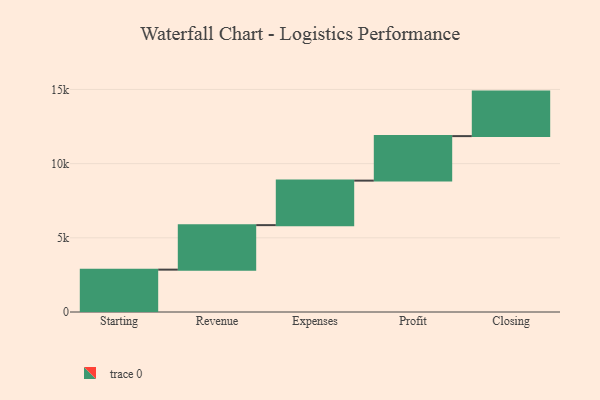
{"axis": {"x": "Step", "y": "Value"}, "legend": [""], "data": [{"x": "Starting", "y": 2855.0, "type": ""}, {"x": "Revenue", "y": 3000, "type": ""}, {"x": "Expenses", "y": 3000, "type": ""}, {"x": "Profit", "y": 3000, "type": ""}, {"x": "Closing", "y": 3000, "type": ""}]}